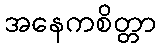
အနေကစိတ္တာ